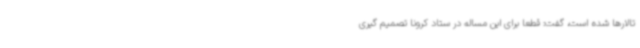
تالارها شده است، گفت: قطعا برای این مساله در ستاد کرونا تصمیم گیری